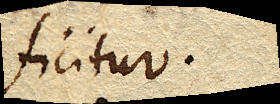
ficitur.